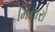
મિનારો